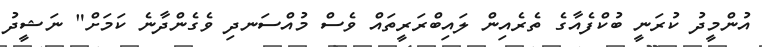
އުންމީދު ކުރަނީ ބުކްފެއާގެ ތެރެއިން ލައިބްރަރީތައް ވެސް މުއްސަނދި ވެގެންދާނެ ކަމަށް" ނަޝީދު